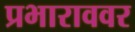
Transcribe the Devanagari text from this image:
प्रभाराववर